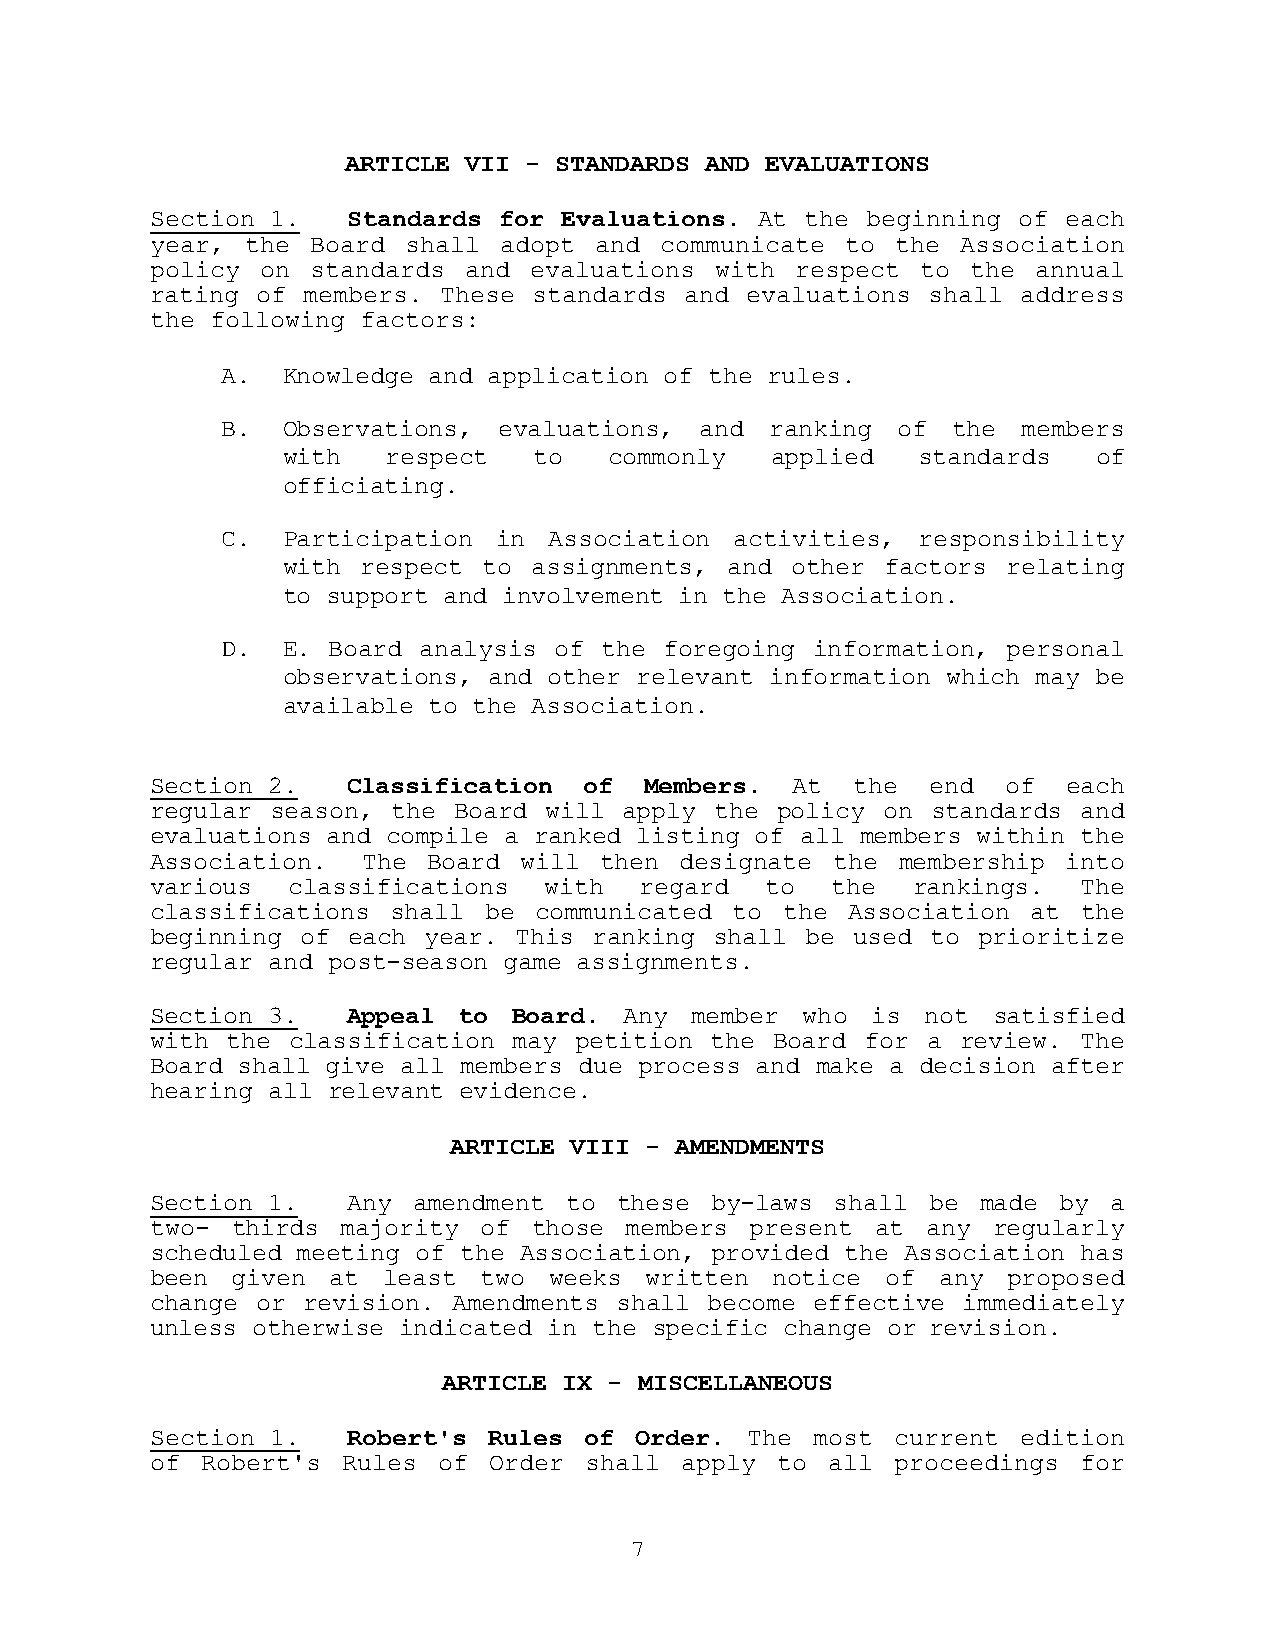
ARTICLE VII - STANDARDS AND EVALUATIONS
 Section 1.   Standards for Evaluations. At the beginning of  each
 year, the  Board shall adopt and  communicate to the  Association
 policy on  standards and evaluations with  respect to the  annual
 rating of members. These standards and evaluations shall  address
 the following factors:
 A.  Knowledge and application of the rules.
 B.  Observations, evaluations, and  ranking of  the  members
 with   respect  to   commonly   applied   standards   of
 officiating.
 C.  Participation in Association  activities, responsibility
 with respect to assignments, and other  factors relating
 to support and involvement in the Association.
 D.  E. Board analysis of the foregoing information, personal
 observations, and other relevant information which may be
 available to the Association.
 Section 2.   Classification  of  Members. At  the   end  of  each
 regular season, the Board will apply the policy on  standards and
 evaluations and compile a ranked listing of all members within the
 Association.  The Board  will then designate the  membership into
 various  classifications  with  regard   to  the  rankings.   The
 classifications shall be communicated to  the Association at  the
 beginning of each year. This ranking shall be used  to prioritize
 regular and post-season game assignments.
 Section 3.   Appeal to  Board. Any  member who  is not  satisfied
 with the classification may petition the Board for a  review. The
 Board shall give all members due process and make a decision after
 hearing all relevant evidence.
 ARTICLE VIII - AMENDMENTS
 Section 1.   Any amendment to  these by-laws shall be  made by a
 two- thirds  majority of those members  present at any  regularly
 scheduled meeting of the Association, provided the Association has
 been given  at least  two weeks  written notice  of any  proposed
 change or revision. Amendments shall become effective immediately
 unless otherwise indicated in the specific change or revision.
 ARTICLE IX - MISCELLANEOUS
 Section 1.   Robert's Rules  of Order. The  most current  edition
 of Robert's  Rules of Order  shall apply to  all proceedings for
 7